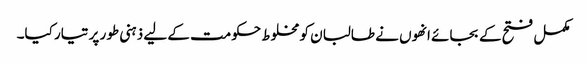
مکمل فتح کے بجائے انھوں نے طالبان کو مخلوط حکومت کے لیے ذہنی طور پر تیار کیا۔